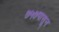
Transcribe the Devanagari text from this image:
७५७पासून